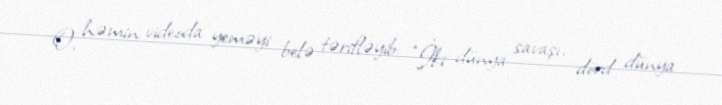
O, həmin videoda yeməyi belə tərifləyib: "İki dünya savaşı, dörd dünya